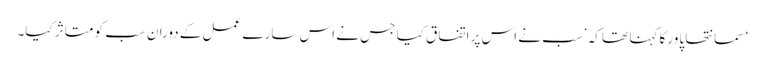
‘ سمانتھا پاور کا کہنا تھا کہ ’سب نے اس پر اتفاق کیا جس نے اس سارے عمل کے دوران سب کو متاثر کیا۔